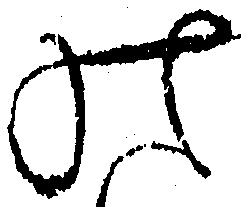
の